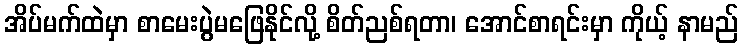
အိပ်မက်ထဲမှာ စာမေးပွဲမဖြေနိုင်လို့ စိတ်ညစ်ရတာ၊ အောင်စာရင်းမှာ ကိုယ့် နာမည်